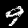
Label: 9